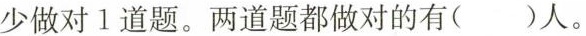
少做对1道题。两道题都做对的有()人。